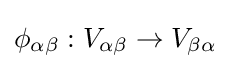
\phi _{\alpha \beta }:V_{\alpha \beta }\to V_{\beta \alpha }